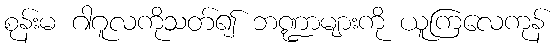
စုန်းမ ဂါဂူလကိုသတ်၍ ဘဏ္ဍာများကို ယူကြလေကုန်